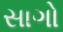
સાગો